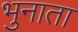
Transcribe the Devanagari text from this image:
भुनाता